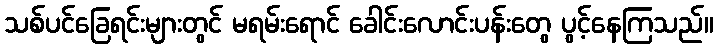
သစ်ပင်ခြေရင်းများတွင် မရမ်းရောင် ခေါင်းလောင်းပန်းတွေ ပွင့်နေကြသည်။